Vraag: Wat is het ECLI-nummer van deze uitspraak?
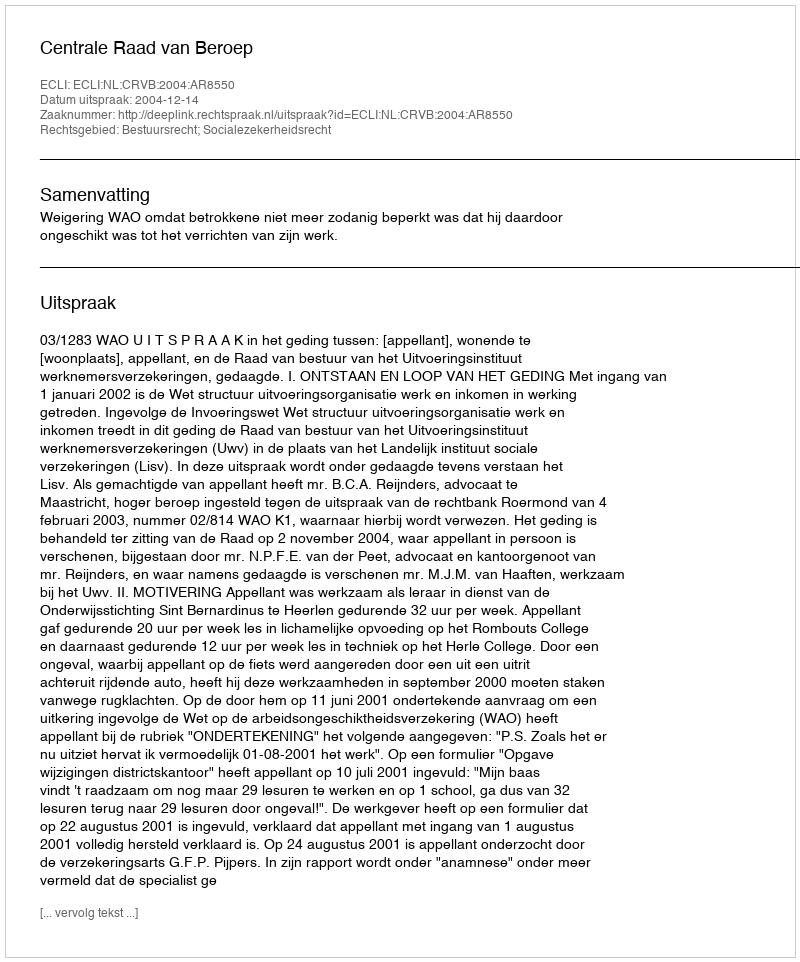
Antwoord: ECLI:NL:CRVB:2004:AR8550